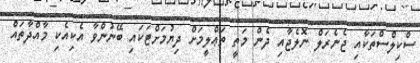
ސްކިލްސްތަކާއި ޖެނެރަލް ނޮލެޖާއި ދެން މަތީ ތަޢްލީމަށް ދިޔުމަށްޓަކައި ބޭނުންވާ އެކިއެކި މާއްދާތައް